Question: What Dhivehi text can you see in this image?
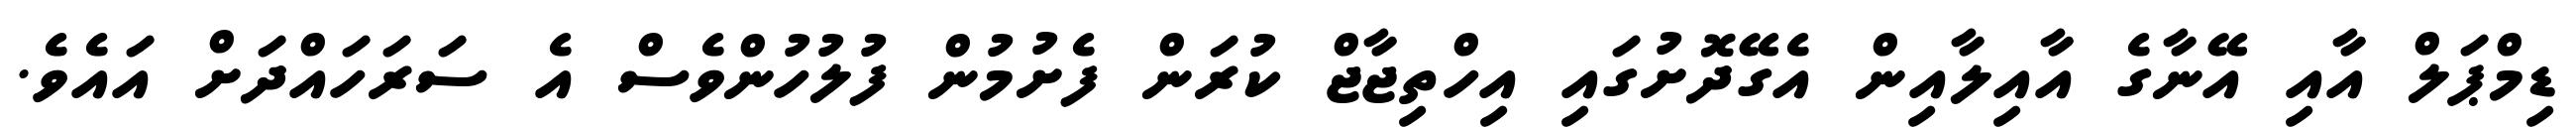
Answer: ޑިމްޕަލް އާއި އޭނާގެ އާއިލާއިން އެގޭދޮށުގައި އިހްތިޖާޖް ކުރަން ފެށުމުން ފުލުހުންވެސް އެ ސަރަހައްދަށް އައެވެ.